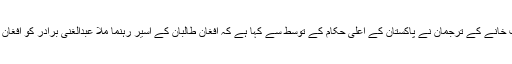
دوسری جانب کابل میں واقع پاکستانی سفارت خانے کے ترجمان نے پاکستان کے اعلیٰ حکام کے توسط سے کہا ہے کہ افغان طالبان کے اسیر رہنما ملا عبدالغنی برادر کو افغان امن عمل میں تعاون کے لیے رہا کیا گیا ہے۔